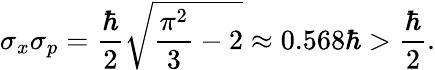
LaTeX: \sigma_{x}\sigma_{p}={\frac{\hbar}{2}}{\sqrt{{\frac{\pi^{2}}{3}}-2}}\approx 0.568\hbar>{\frac{\hbar}{2}}.